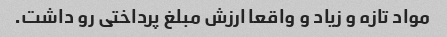
مواد تازه و زیاد و واقعا ارزش مبلغ پرداختی رو داشت.